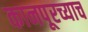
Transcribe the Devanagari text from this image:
कानपूरच्याच